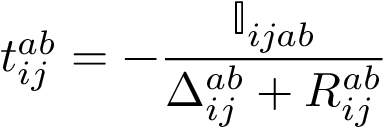
t _ { i j } ^ { a b } = - \frac { \mathbb { I } _ { i j a b } } { \Delta _ { i j } ^ { a b } + R _ { i j } ^ { a b } }